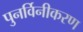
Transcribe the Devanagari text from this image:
पुनर्विनीकरण